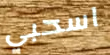
اسحبي